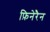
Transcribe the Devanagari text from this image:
फ़िनेरैन